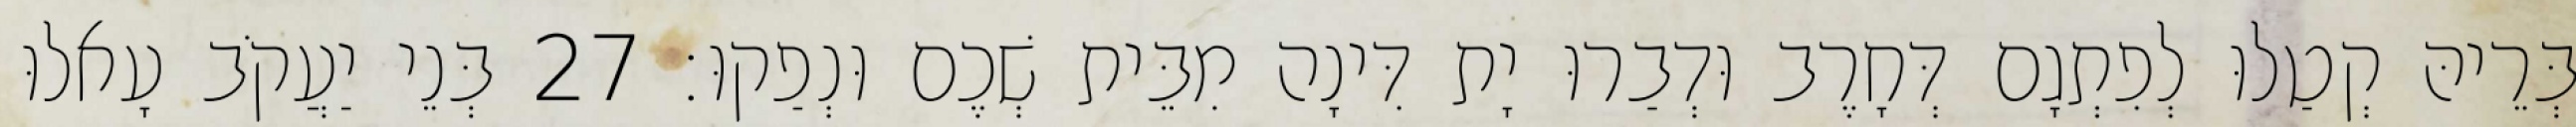
בְּרֵיהּ קְטַלוּ לְפִתְגָם דְּחָרֶב וּדְבַרוּ יָת דִּינָה מִבֵּית שְׁכֶם וּנְפַקוּ׃ 27 בְּנֵי יַעֲקֹב עָאלוּ